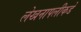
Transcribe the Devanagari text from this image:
लेखनापलीकडे